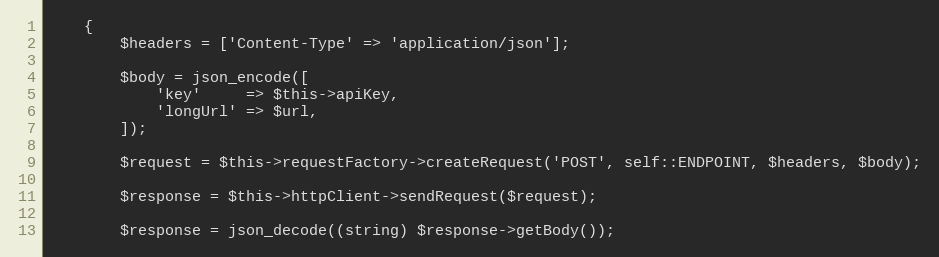
Language: PHP
    {
        $headers = ['Content-Type' => 'application/json'];

        $body = json_encode([
            'key'     => $this->apiKey,
            'longUrl' => $url,
        ]);

        $request = $this->requestFactory->createRequest('POST', self::ENDPOINT, $headers, $body);

        $response = $this->httpClient->sendRequest($request);

        $response = json_decode((string) $response->getBody());